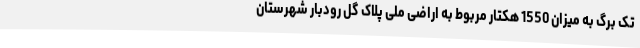
تک برگ به میزان 1550 هکتار مربوط به اراضی ملی پلاک گل رودبار شهرستان